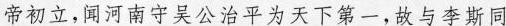
帝初立,闻河南守吴公治平为天下第一,故与李斯同